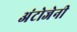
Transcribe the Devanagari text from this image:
अंटोजेनी